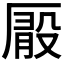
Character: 𠪘